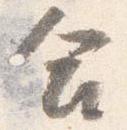
合